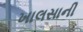
ખાલસાની